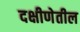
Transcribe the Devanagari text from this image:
दक्षीणेतील